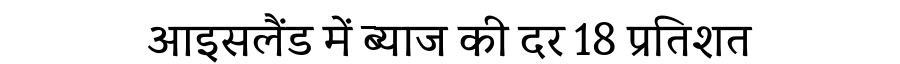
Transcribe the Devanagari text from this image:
आइसलैंड में ब्याज की दर 18 प्रतिशत